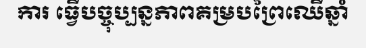
ការ ធ្វើបច្ចុប្បន្នភាពគម្របព្រៃឈើឆ្នាំ